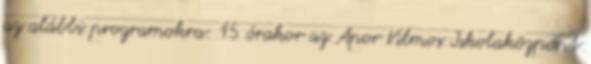
az alábbi programokra: 15 órakor az Apor Vilmos Iskolaközpont